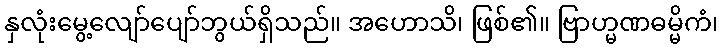
နှလုံးမွေ့လျော်ပျော်ဘွယ်ရှိသည်။ အဟောသိ၊ ဖြစ်၏။ ဗြာဟ္မဏဓမ္မိကံ၊